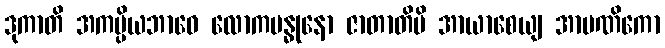
ဒုကာတိ အကပ္ပိယဘာဝေ လောကဗန္ဓုနော ဇာတာတိပိ အာယာစေယျ အာပဏိကော